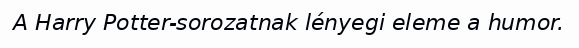
A Harry Potter-sorozatnak lényegi eleme a humor.